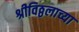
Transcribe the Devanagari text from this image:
श्रीविठ्ठलाच्या